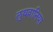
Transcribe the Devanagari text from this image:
लुथवानिया